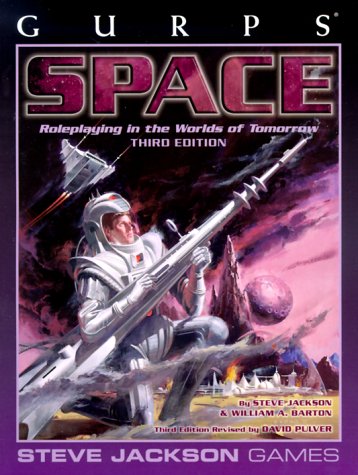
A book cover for GURPS Space, 3rd Edition; Steve Jackson; Science Fiction & Fantasy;